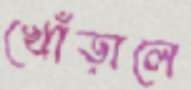
খোঁড়ালে